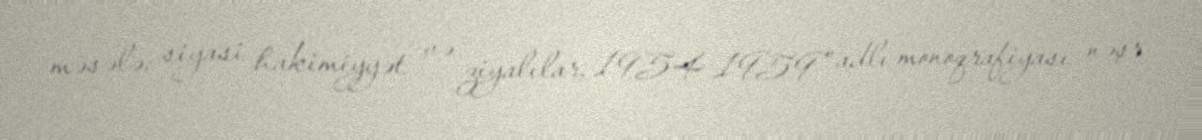
məsələ: siyasi hakimiyyət və ziyalılar, 1954–1959" adlı monoqrafiyası nəşr